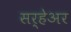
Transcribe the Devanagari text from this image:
सर्हेअर